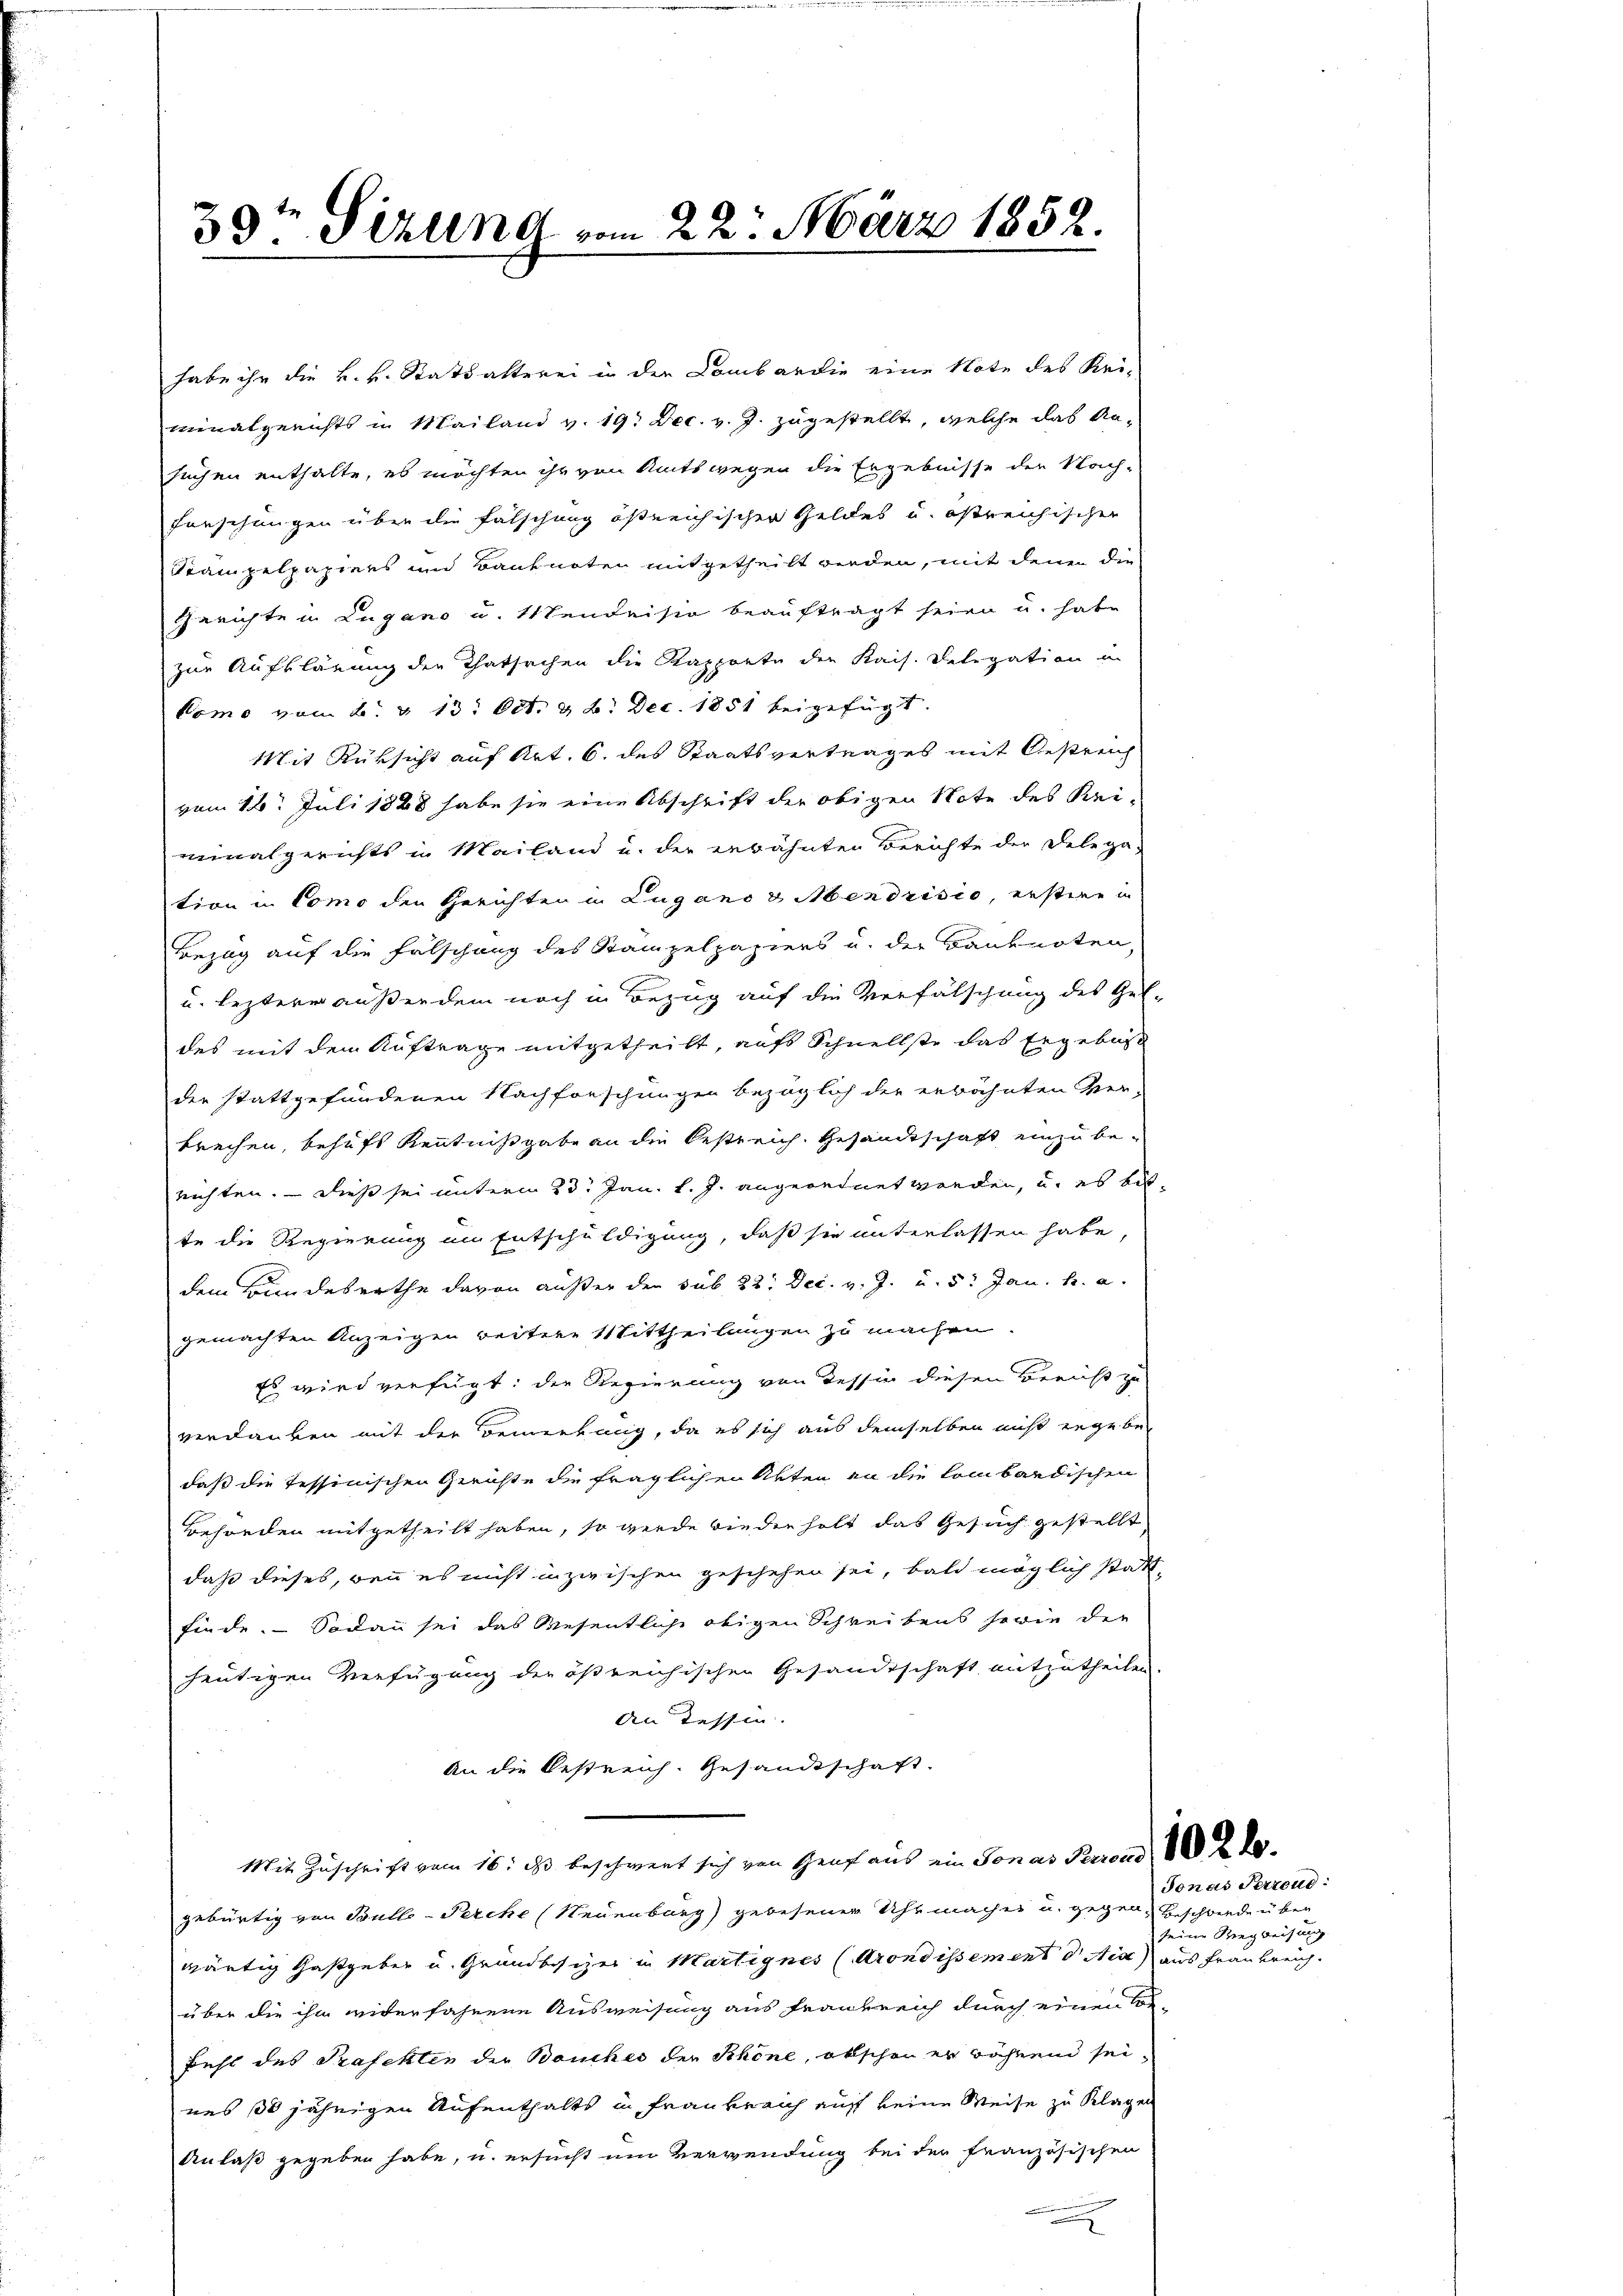
habe ihr die k.k. Stattalterei in der Combar die eine Note des Rei-
minalgerichts in Mailand v. 19. Dec. v. J. zugestellt, welche das Ansuchen enthalte, es möchten ihr von Amtswegen die Ergebnisse der Nach-
Forschungen über die Fälschung östreichischen Geldes u. östreichischen
Stampelpapiers und Banknoten mitgetheilt werden, mit denen die
Gerichte in Lugano u. Wendeisin beauftragt seien u. habe
zur Aufklärung der Thatsachen die Kapporte der Kais. Delegation in
komo vom 2. v. 13. Oct. & 6. Dec. 1851 beigefügt.
Mit Rüksicht auf Art. 6. des Staatsvertrages mit Oestreich
vom 16. Juli 1888 habe sie eine Abschrift der obigen Note des Kei-
minalgerichts in Mailand u. der erwähnten Berichte der Delega-
tion in Como den Gerichten in Lugano d Mendrisio, erstien in
Bezug auf die Fälschung des Stampelpapiers u. der Banknoten,
u. lezterer außerdem noch in Bezug auf die Verfälschung des Gel-
des mit dem Auftrage mitgetheilt, aufs Schnellste das Ergebnis
der stattgefundenen Nachforschungen bezüglich der erwähnten Ver-
krechen, behufs Kenntnißgabe an die bestreich Gesandtschaft einzuberichten. — Dieß sei unterm 23. Jan. l. J. angeordnet worden, u. es biste die Regierung im Entschuldigung, daß sie unterlassen habe,
dem Bundesrathe davon außer den sub 22. Dec. v. J. u. 5. Jan. h. a.
gemachten Anzeigen weitere Mittheilungen zu machen.
Es wird verfügt: die Regierung von dessin diesen Bericht zu
verdanken mit der Bemerkung, da es sich aus demselben nicht gegeben
daß die Tessinischen Gerichte die fraglichen Akten an die lombardischen
Behörden mitgetheilt haben, so werde bieder holt das Gesuch gestellt
daß dieses, wenn es nicht inzwischen geschehen sei, bald möglich stattfinde. Sodann sei das Wesentliche obigen Schreibens sowie der
heutigen Verfügung der ößreichischen Gesandtschaft mitzutheilen
An Tessin. |
An die bestreich. Gesandtschaft.
Mit Zuschrift vom 16. ds beschwert sich von Genf aus ein Jonas Bund 102 de
gebürtig von Bulle-Perche (Neuenburg) gewesener Uhrmaches u. gegen Geschwende über
wärtig Gastgeber u. Grundbesizer in Martignes (Arondissement d Ais aus Frankreich.
über die ihm widerfahrene Ausweisung aus Frankreich durch einen
Behl des Präfekten der Bauches der Schöne, abschon er während seines 30 jährigen Aufenthalts in Frankreich auf keine Weise zu Klagen
Anlaß gegeben habe, u. ersucht um Verwendung bei der französischen
.

30ten Sizung vom 22. März 1852.

Jonas Terzend:
een einen eine